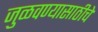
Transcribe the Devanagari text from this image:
जुळवण्यासाठीचे